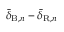
\bar { \delta } _ { \mathrm { B } , n } - \bar { \delta } _ { \mathrm { R } , n }